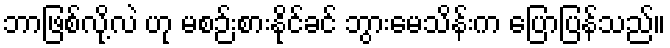
ဘာဖြစ်လို့လဲ ဟု မစဉ်းစားနိုင်ခင် ဘွားမေသိန်းက ပြောပြန်သည်။